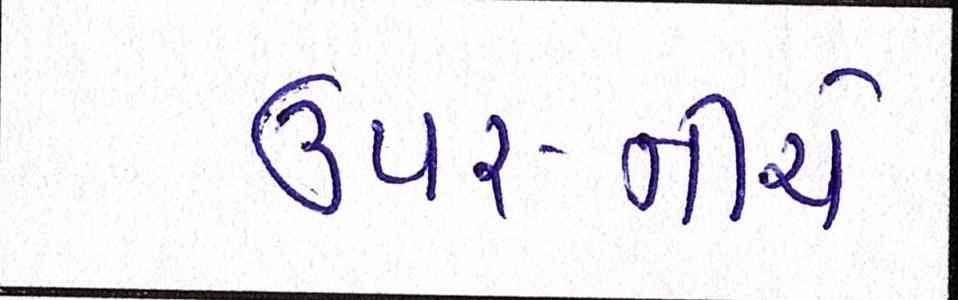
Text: ઉપર-નીચે